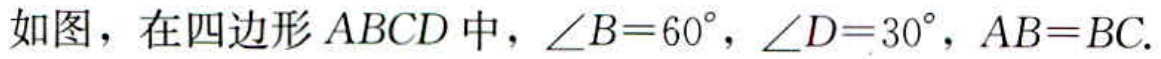
如图，在四边形\(ABCD\)中，\(\angle B = 60^{\circ}\)，\(\angle D = 30^{\circ}\)，\(AB = BC\).